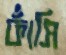
ফাঁসি